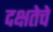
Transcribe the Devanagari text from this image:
दक्षतेचे